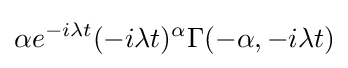
\alpha e^{-i\lambda t}(-i\lambda t)^{\alpha }\Gamma (-\alpha ,-i\lambda t)